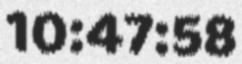
10:47:58